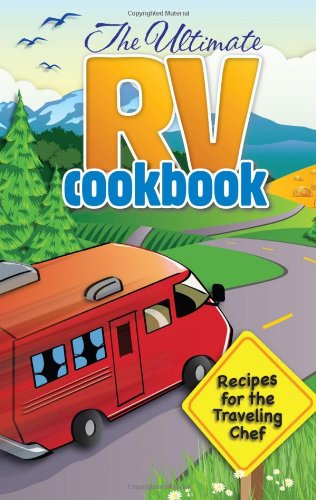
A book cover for The Ultimate RV Cookbook; G&R Publishing; Cookbooks, Food & Wine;